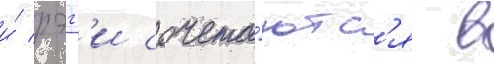
и́ рэгг'и сочета́ютс'я в